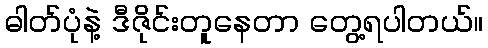
ဓါတ်ပုံနဲ့ ဒီဇိုင်းတူနေတာ တွေ့ရပါတယ်။